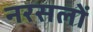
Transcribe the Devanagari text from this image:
नरसलों